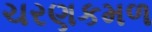
ચરણકમળ